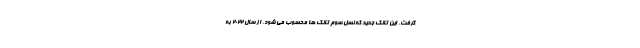
گرفت. این تانک جدید که نسل سوم تانک ها محسوب می شود، از سال ۲۰۲۲ به